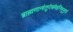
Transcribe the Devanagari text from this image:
ब्राह्मणानांतुपंचमेहनिभूभृतां